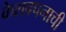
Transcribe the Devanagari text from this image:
केशवपनाची